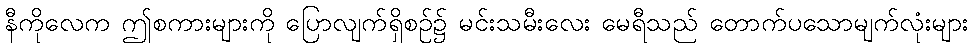
နီကိုလေက ဤစကားများကို ပြောလျက်ရှိစဉ်၌ မင်းသမီးလေး မေရီသည် တောက်ပသောမျက်လုံးများ